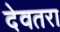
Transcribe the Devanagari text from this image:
देवतरा